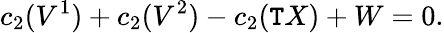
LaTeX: c_{2}(V^{1})+c_{2}(V^{2})-c_{2}(\mathtt{T}X)+W=0.